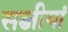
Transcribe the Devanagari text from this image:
सब्जीयां